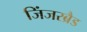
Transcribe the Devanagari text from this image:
जिंजरब्रैड